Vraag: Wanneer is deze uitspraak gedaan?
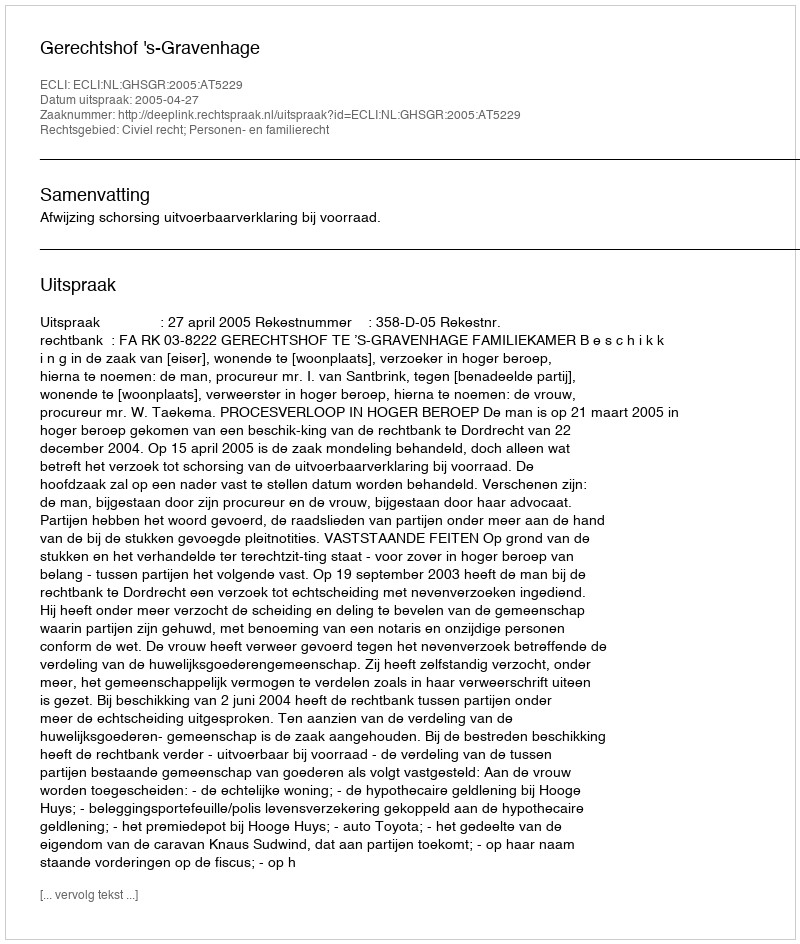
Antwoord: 2005-04-27